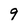
Character: 9